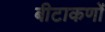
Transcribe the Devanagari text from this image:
बीटाकणों